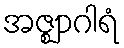
အဇ္ဈာဂါရံ